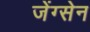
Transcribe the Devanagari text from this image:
जेंग्सेन